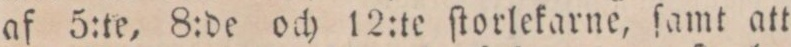
af 5:te, 8:de och 12:te ſtorlekarne, ſamt att